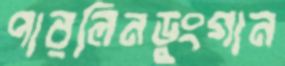
পারলিনডুংগান